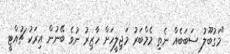
"މަގުބޫލު ސަބަބެއް ނެތި މެމްބަރު މަޖިލީހަށް ހާޒިރު ނުވެ ބޭނުން އިރަކު ޗުއްޓީ